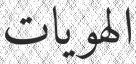
الهويات